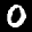
Label: 0